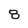
Character: 8